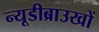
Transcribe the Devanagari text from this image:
न्यूडीब्राउखों